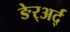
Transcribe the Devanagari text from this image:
ङेर्‍अर्द्